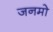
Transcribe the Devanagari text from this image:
जनमो